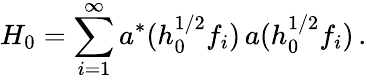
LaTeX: H_{0}=\sum_{i=1}^{\infty}a^{*}(h_{0}^{1/2}f_{i})\, a(h_{0}^{1/2}f_{i})\, .